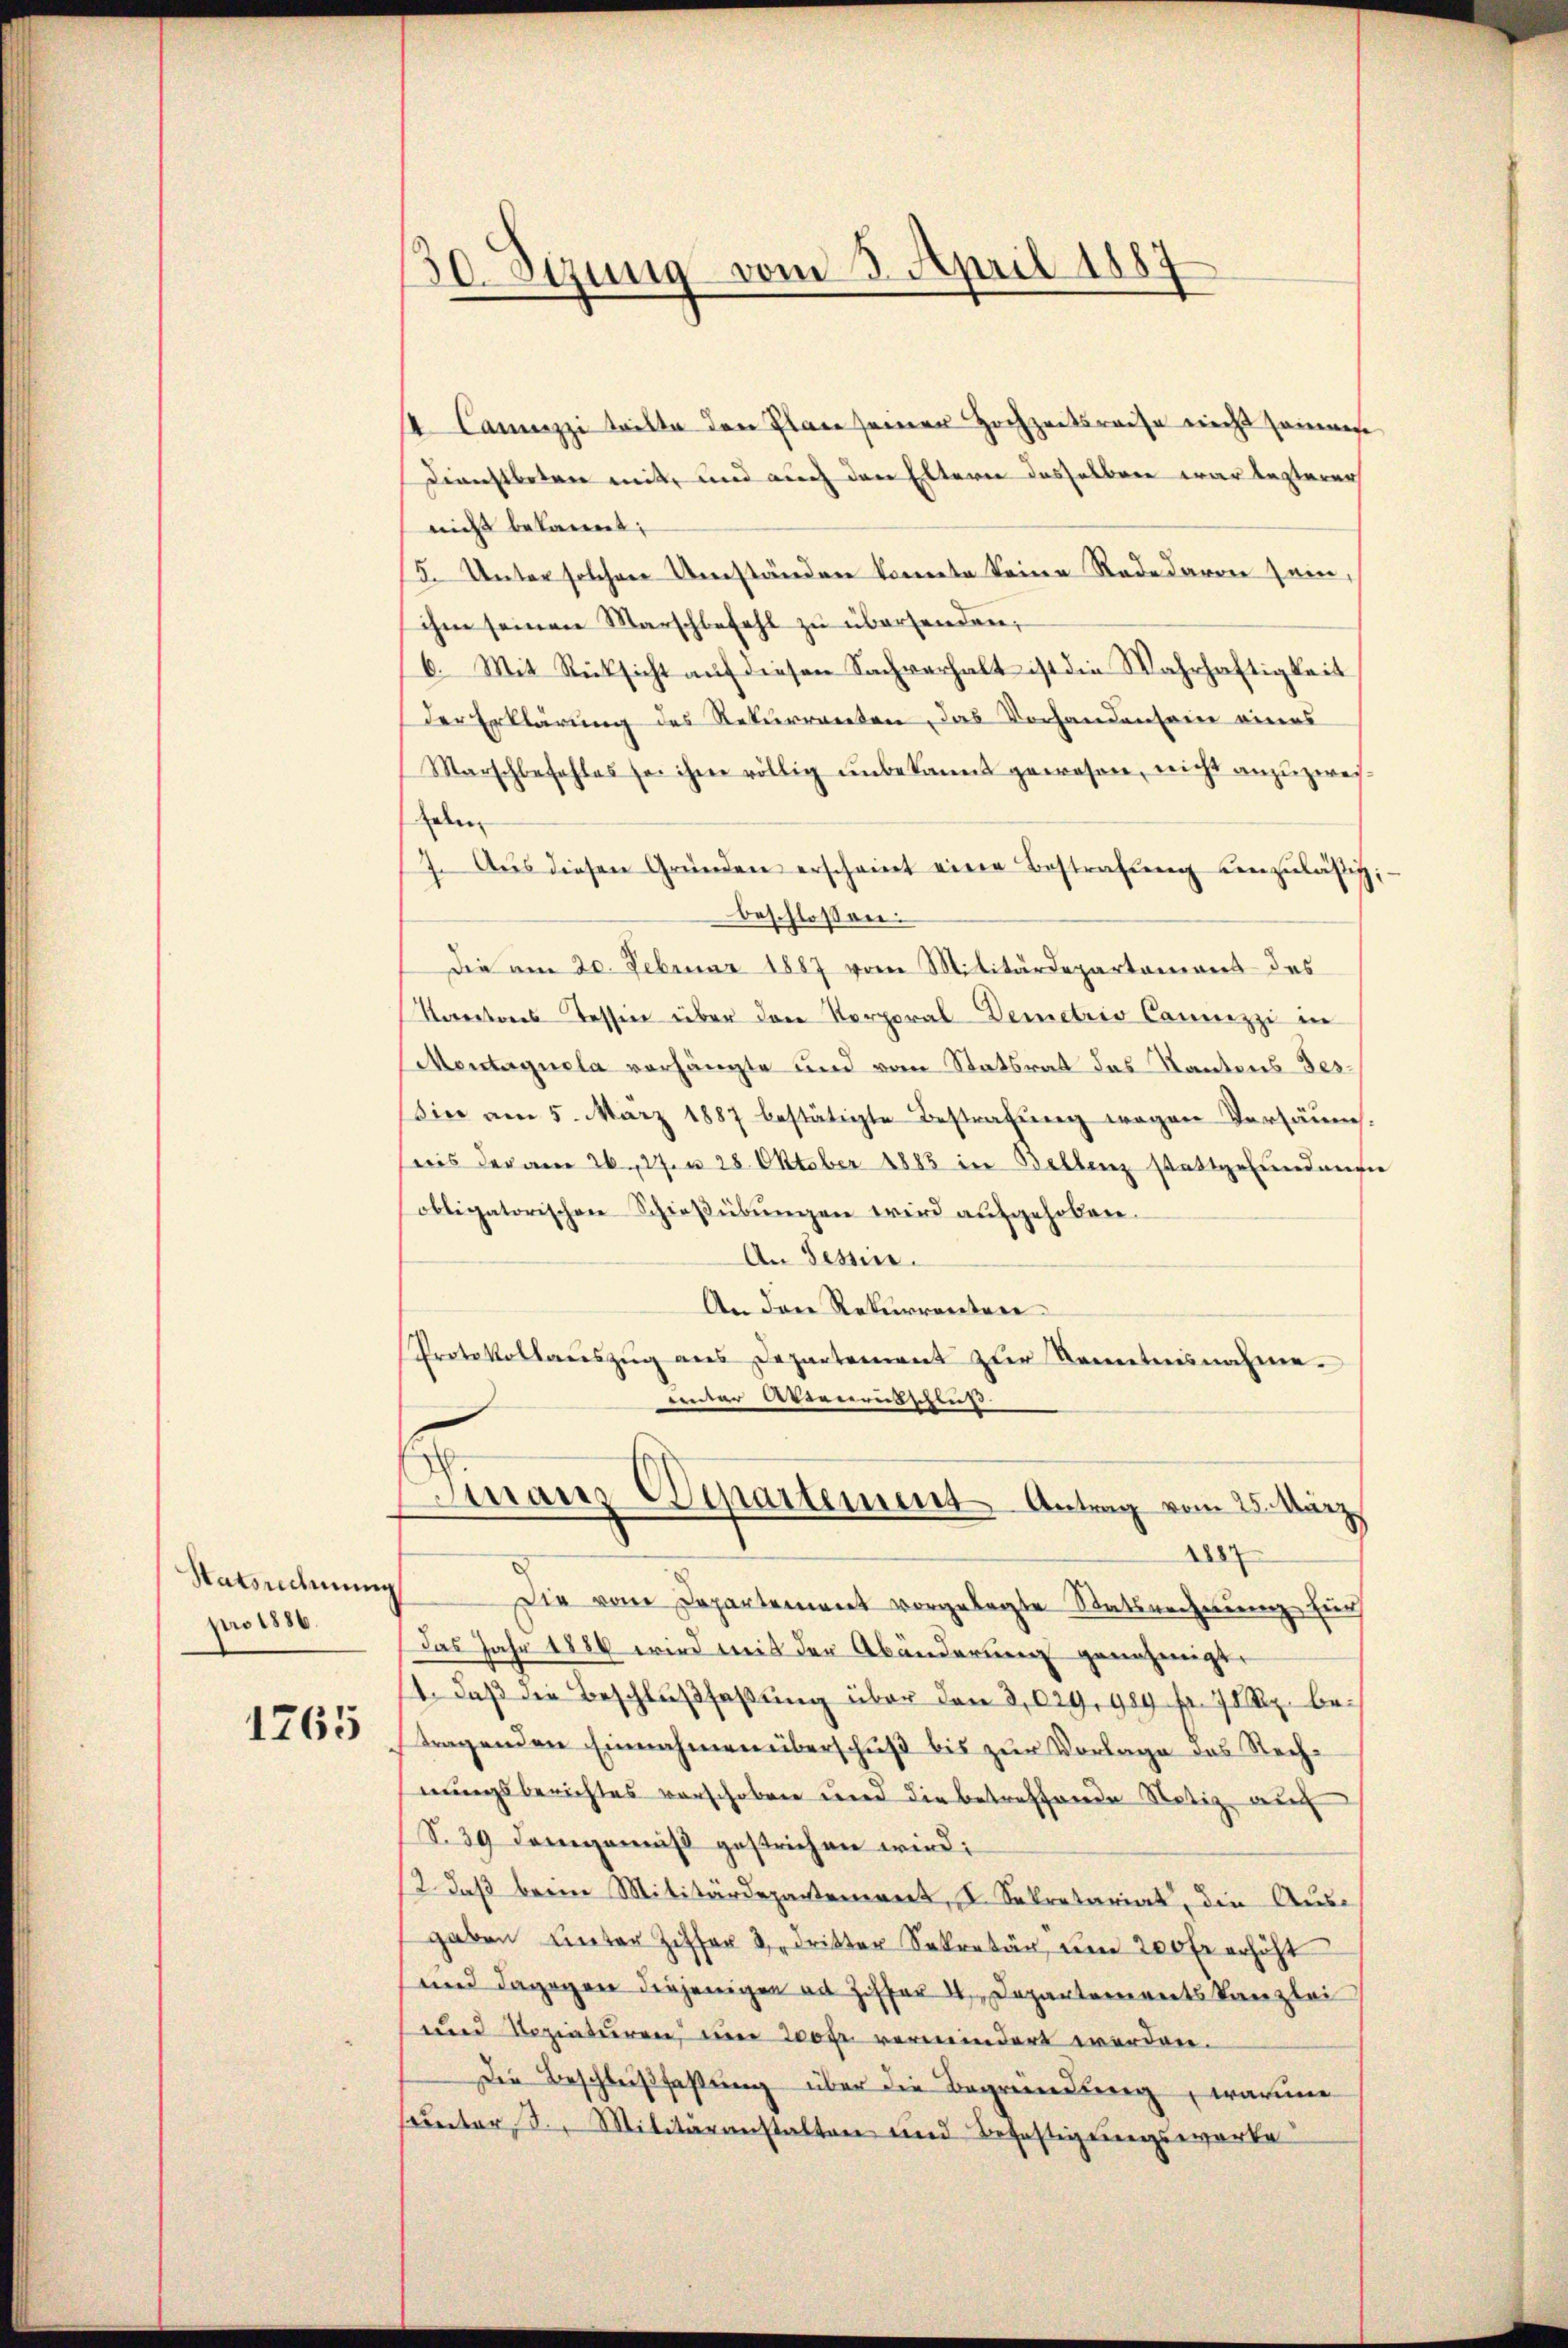
Satsrechnun
pro 1886.

1765

30.Sizung vom 3. April 1887

4. Camezzi wille den Plan seiner Hochzeitsreise nicht sammest
Dienstboten mitte und auch den Eltern desselben war lezterer
nicht bekannt:
5. Unter solchen Umständen konnte keine Rede davon sein,
ihm seinen Marschbefehl zu übersenden,
6. Mit Rücksicht aŭf diesen Sachverhalt ist die Wahrhaftigkeit
der Erklärung des Rekurrenten, das Vorhandensein eines
Marschbefehles sei ihm völlig ŭnbekannt gewesen, nicht anzuzweielen
7. Aŭs diesen Gründen erscheint eine Bestrafŭng unzuläßig,
beschlossen:
Die am 20. Februar 1887 vom Militärdepartamens des
Kantons Tessin über den Korporal Demetris Cannizzi in
Montagnola verhängte und vom Statsrat das Kantons Tes-
Sie am 5. März 1887 bestätigte Bestrafung wegen Versäum.
reis der am 26. 27. u 28 Oktober 1885 in Bellenz stattgefundung
obligatorischen Schießübŭngen wird aufgehoben.
An Tessin.
An den Rekurrenten
Protokollauszug aus Departement zur Kenntnisnahme.
unter Wienrutschluß
Finanz Wipartement Antrag vom 25. März
1887
Die vom Departement vorgelegte Statsrechnung für
Das Jahr 1886 wird mit der Abänderung genehmigt.
1. daß die Beschlußfaßung über den 3,029, 989 fr. 70 Rp. betragenden Einnahmen überschuß bis zur Vorlage das Rechnungsberichtes verschoben und die betreffende Notiz auch
S. 39 demgemäß gestrichen wird;
12. daβ beein Militärdeparteniret, I. Sekretariat, die Ausgaben unter Ziffer 3. dritter Sekretär um 200 fr erhöht
und dagegen diejenigen ad Ziffer 4. Departements Kanzlei
uund Reziaturen, der 200 fr vermindert werden.
Die Beschlußfaßung über die Begründung, warum
unter 3. Militäranstalten und Befestigungswerke